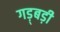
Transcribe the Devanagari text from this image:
गड़्बड़ी